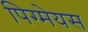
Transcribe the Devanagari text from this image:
पिग्मेयस